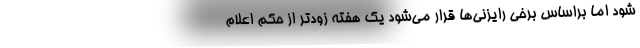
شود اما براساس برخی رایزنی‌ها قرار می‌شود یک هفته زودتر از حکم اعلام